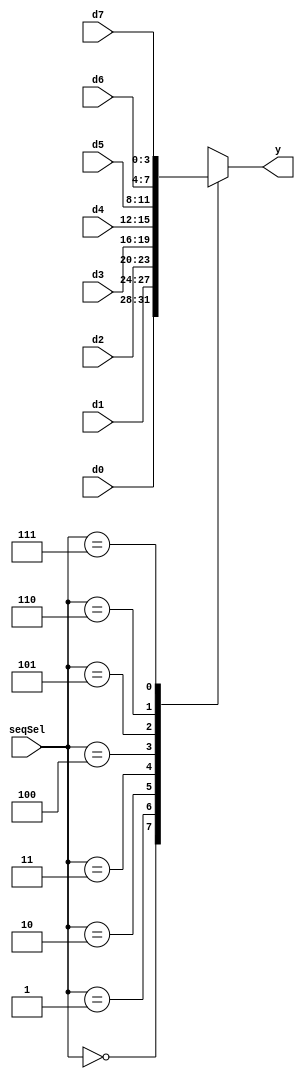
`timescale 1ns / 1ps
//****************************************************************// 
//  Class: CECS 361 						                          		//
//  Project: Project1-Cecs361													//
//																						//				
//  Abstract: An 8 to 1 mux that has a select of 3 bits.				//
//  Created by       <Alina Suon> on <09-18-18>.                  // 
//  Copyright  2018 <Alina Suon>. All rights reserved.           // 
//                                                                //                                                                              // 
//  In submitting this file for class work at CSULB               // 
//  I am confirming that this is my work and the work             // 
//  of no one else. In submitting this code I acknowledge that    // 
//  plagiarism in student project work is subject to dismissal.   //  
//  from the class                                                // 
//****************************************************************//
module adMux(seqSel, d0, d1, d2, d3, d4, d5, d6, d7, y); 
	input [2:0]   seqSel;
   input [15:12] d0;  
   input [11:8]  d1;  
   input [7:4]   d2;  
   input [3:0]   d3;  
   input [15:12] d4;  
   input [11:8]  d5;  
   input [7:4]   d6;    
   input [3:0]   d7;       
	output[3:0]   y;     //y = output to the hex7seg  
	reg   [3:0]   y;
   
   always @(*) begin
      case(seqSel)
         3'b000: y = d0;
         3'b001: y = d1;
         3'b010: y = d2;
         3'b011: y = d3;
         3'b100: y = d4;    
         3'b101: y = d5;    
         3'b110: y = d6;
         3'b111: y = d7;
      endcase
   end 
endmodule